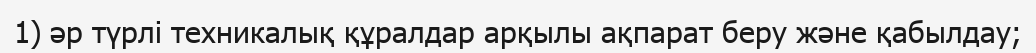
1) әр түрлі техникалық құралдар арқылы ақпарат беру және қабылдау;